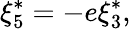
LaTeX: \xi_{5}^{\ast}=-e\xi_{3}^{\ast},